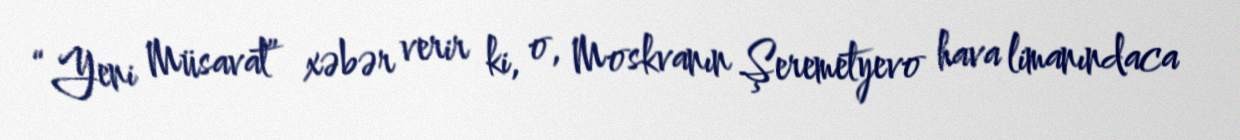
“Yeni Müsavat” xəbər verir ki, o, Moskvanın Şeremetyevo hava limanındaca